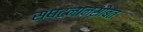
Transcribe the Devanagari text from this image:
संघटनानसोबत